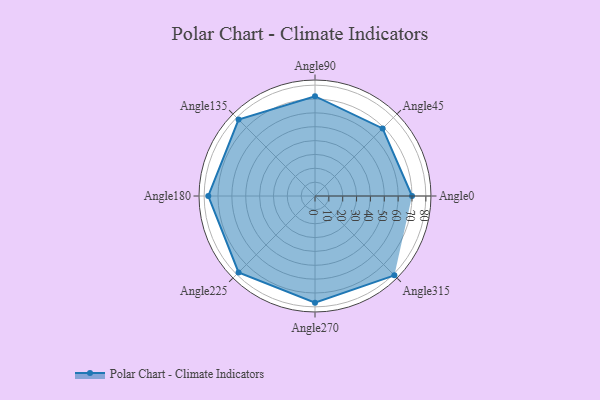
{"axis": {"x": "Angle", "y": "Radius"}, "legend": [""], "data": [{"x": "Angle0", "y": 70.0, "type": ""}, {"x": "Angle45", "y": 69.0, "type": ""}, {"x": "Angle90", "y": 72.0, "type": ""}, {"x": "Angle135", "y": 78.0, "type": ""}, {"x": "Angle180", "y": 77.0, "type": ""}, {"x": "Angle225", "y": 78.0, "type": ""}, {"x": "Angle270", "y": 77.0, "type": ""}, {"x": "Angle315", "y": 81.0, "type": ""}]}